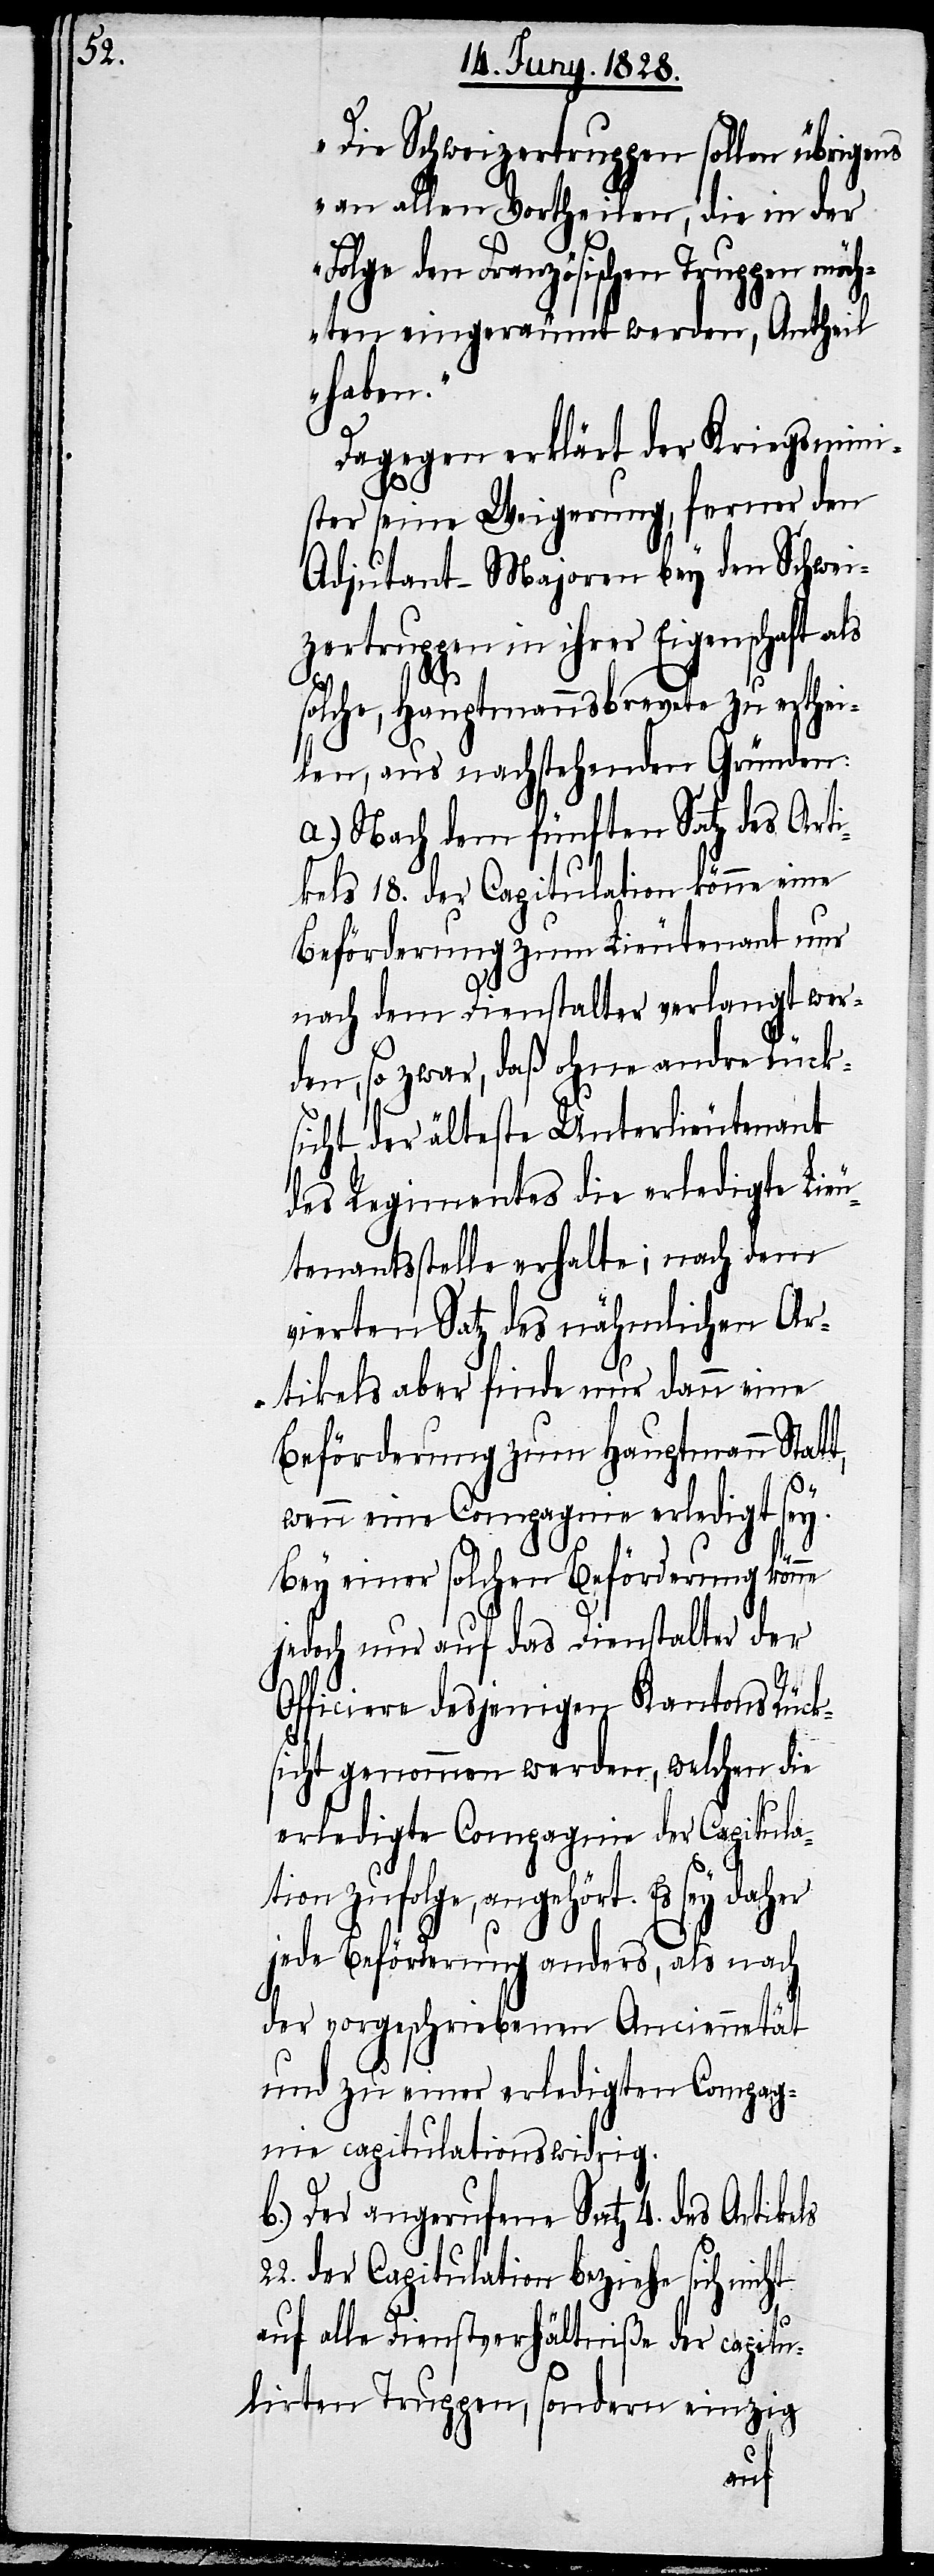
„Die Schweizertruppen sollen übrigens
an allen Vortheilen, die in der
Folge den Französischen Truppen möch¬
ten eingeräumt werden, Antheil
haben.“
Dagegen erklärt der Kriegsmini¬
ster seine Weigerung, ferner den
Adjutant-Majoren bey den Schwei¬
zertruppen in ihrer Eigenschaft als
22.
solche, Hauptmannsbrevete zu erthei¬
len, aus nachstehenden Gründen:
a.) Nach dem fünften Satz des Arti¬
kels 18. der Capitulation könne eine
Beförderung zum Lieutenant nur
nach dem Dienstalter verlangt wer¬
den, so zwar, daß ohne andre Rück¬
sicht der älteste Unterlieutenant
des Regimentes die erledigte Lieu¬
tenantsstelle erhalte; nach dem
vierten Satz des nähmlichen Ar¬
tikels aber finde nur dann eine
Beförderung zum Hauptmann Statt,
wenn eine Compagnie erledigt sey.
Bey einer solchen Beförderung könne
jedoch nur auf das Dienstalter der
Officiere desjenigen Kantons Rück¬
sicht genommen werden, welchen die
erledigte Compagnie der Capitula¬
tion zufolge, angehört. Es sey daher
jede Beförderung anders, als nach
der vorgeschriebenen Anciennetät
und zu einer erledigten Compag¬
nie capitulationswidrig.
b.) Der angerufene Satz 4. des Artikels
der Capitulation beziehe sich nicht
auf alle Dienstverhältniße der capitu¬
lirten Truppen, sondern einzig